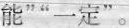
能””一定”。